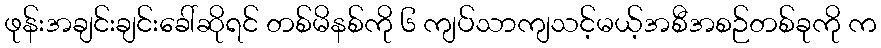
ဖုန်းအချင်းချင်းခေါ်ဆိုရင် တစ်မိနစ်ကို ၆ ကျပ်သာကျသင့်မယ့်အစီအစဉ်တစ်ခုကို က